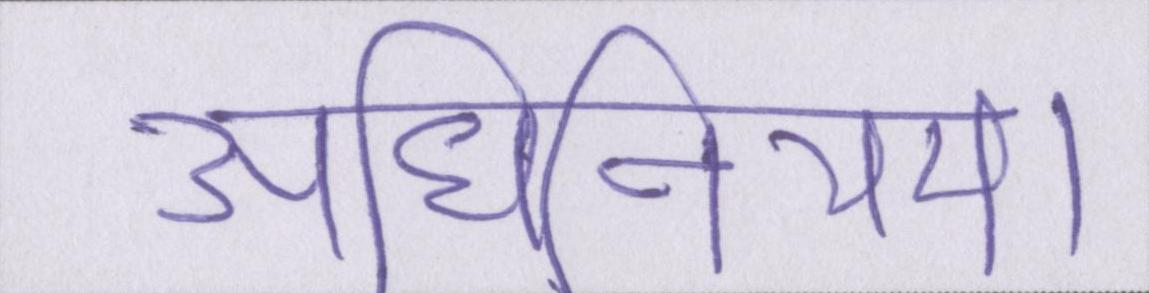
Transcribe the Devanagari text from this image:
अधिनियम।